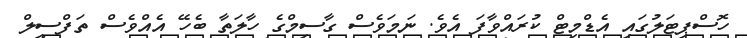
ހޮސްޕިޓަލުގައި އެޑްމިޓް ކުރައްވާފަ އެވެ. ނަމަވެސް ގާސިމްގެ ހާލަތާ ބެހޭ އެއްވެސް ތަފްސީލް